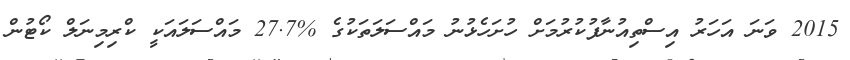
2015 ވަނަ އަހަރު އިސްތިއުނާފުކުރުމަށް ހުށަހެޅުނު މައްސަލަތަކުގެ %27.7 މައްސަލައަކީ ކްރިމިނަލް ކޯޓުން